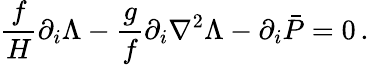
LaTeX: \frac{f}{H}\partial_{i}\Lambda-\frac{g}{f}\partial_{i}\nabla^{2}\Lambda-\partial_{i}\bar{P}=0\, .